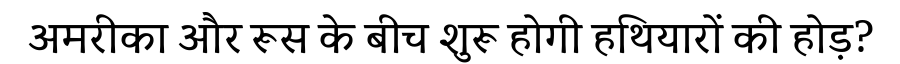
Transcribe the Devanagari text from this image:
अमरीका और रूस के बीच शुरू होगी हथियारों की होड़?